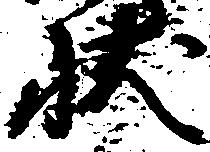
状